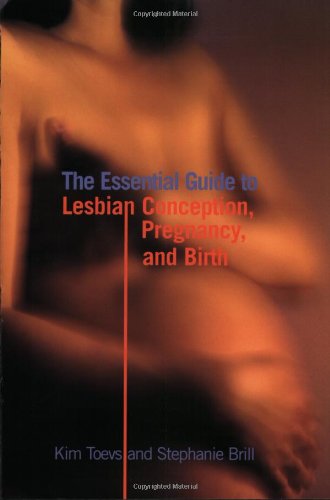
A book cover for The Essential Guide to Lesbian Conception, Pregnancy, and Birth; Kim Toevs; Gay & Lesbian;